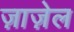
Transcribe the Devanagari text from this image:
ज़ाज़ेल